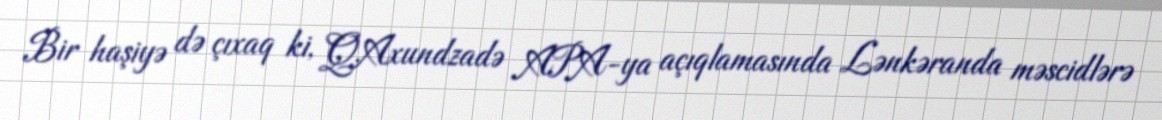
Bir haşiyə də çıxaq ki, Q.Axundzadə APA-ya açıqlamasında Lənkəranda məscidlərə